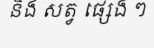
និង សត្វ ផ្សេង ៗ